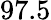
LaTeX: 97.5